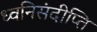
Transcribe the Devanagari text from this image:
ध्वनिसंदीप्ति